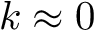
k \approx 0